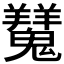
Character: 𩴨